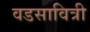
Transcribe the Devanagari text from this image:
वडसावित्री